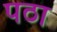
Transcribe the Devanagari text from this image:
पठा